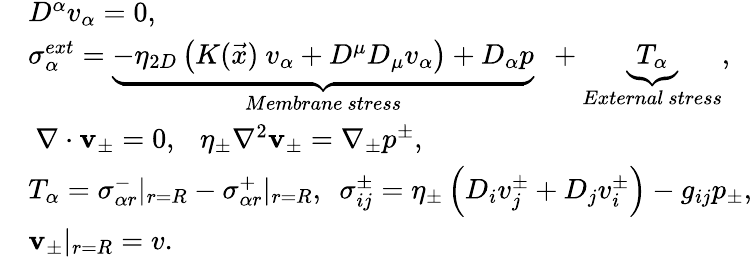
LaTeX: \begin{array}{rl}&{D^{\alpha}v_{\alpha}=0,}\\ &{\sigma_{\alpha}^{ext}=\underbrace{-\eta_{2D}\left(K(\vec{x})~v_{\alpha}+D^{\mu}D_{\mu}v_{\alpha}\right)+D_{\alpha}p}_{Membrane~stress}~~+\underbrace{T_{\alpha}}_{External~stress},}\\ &{~\nabla\cdot{\mathbf v}_{\pm}=0,~~~\eta_{\pm}\nabla^{2}{\mathbf v}_{\pm}=\nabla_{\pm}p^{\pm},}\\ &{T_{\alpha}=\sigma_{\alpha r}^{-}|_{r=R}-\sigma_{\alpha r}^{+}|_{r=R},~~\sigma_{ij}^{\pm}=\eta_{\pm}\left(D_{i}v_{j}^{\pm}+D_{j}v_{i}^{\pm}\right)-g_{ij}p_{\pm},}\\ &{{\mathbf v}_{\pm}|_{r=R}=v.}\end{array}